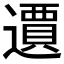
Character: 𲆀